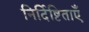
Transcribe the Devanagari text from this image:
निर्दिष्टिताएँ